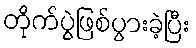
တိုက်ပွဲဖြစ်ပွားခဲ့ပြီး